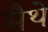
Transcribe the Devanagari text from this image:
मैथे